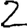
Digit: 2